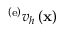
{ { \bf \Pi } ^ { \left( \mathrm { e } \right) } } v _ { h } \left( { \bf { x } } \right)